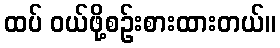
ထပ် ဝယ်ဖို့စဉ်းစားထားတယ်။